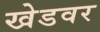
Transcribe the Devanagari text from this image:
खेडवर